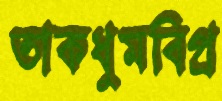
তাকধুমবিপ্র